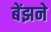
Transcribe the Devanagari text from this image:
बेंझने